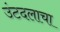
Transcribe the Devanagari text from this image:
उंटदलाचा